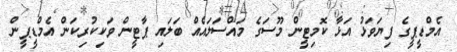
އެމްޑީޕީގެ ފިޔަވަޅު އަޅާ ކޮމިޓީން މޫސަގެ މައްސަލައެއް ބަލައި ޕާޓީން ވަކިކުރިކަން އެމްޑީޕީން